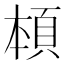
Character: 𩒅